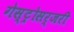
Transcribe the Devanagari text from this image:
गेस्ट्रोसर्जरी